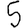
Digit: 5